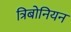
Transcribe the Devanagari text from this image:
त्रिबोनियन